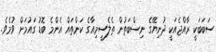
ސަބަބަކީ ރާއްޖެއަކީ ދުނިޔޭގެ ނިސްބަތުން ތެލެސީމިއާގެ ކަންތައް އެންމެ ބޮޑު ގައުމަށް ވުމެވެ.